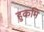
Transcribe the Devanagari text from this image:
हुकमि